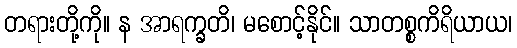
တရားတို့ကို။ န အာရက္ခတိ၊ မစောင့်နိုင်။ သာတစ္စကိရိယာယ၊